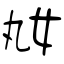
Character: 奿